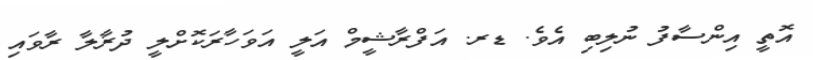
އޮތީ އިންސާފު ނުލިބި އެވެ. ޑރ. އަފްރާޝީމް އަލީ އަވަހާރަކޮށްލީ ދުރާލާ ރާވައި